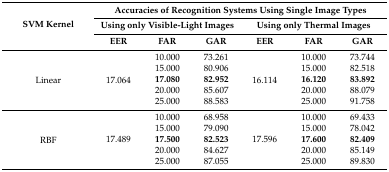
<table><thead><tr><td rowspan="3"><b>SVM Kernel</b></td><td colspan="6"><b>Accuracies of Recognition Systems Using Single Image Types</b></td></tr><tr><td colspan="3"><b>Using only Visible-Light Images</b></td><td colspan="3"><b>Using only Thermal Images</b></td></tr><tr><td><b>EER</b></td><td><b>FAR</b></td><td><b>GAR</b></td><td><b>EER</b></td><td><b>FAR</b></td><td><b>GAR</b></td></tr></thead><tbody><tr><td rowspan="5">Linear</td><td rowspan="5">17.064</td><td>10.000</td><td>73.261</td><td rowspan="5">16.114</td><td>10.000</td><td>73.744</td></tr><tr><td>15.000</td><td>80.906</td><td>15.000</td><td>82.518</td></tr><tr><td><b>17.080</b></td><td><b>82.952</b></td><td><b>16.120</b></td><td><b>83.892</b></td></tr><tr><td>20.000</td><td>85.607</td><td>20.000</td><td>88.079</td></tr><tr><td>25.000</td><td>88.583</td><td>25.000</td><td>91.758</td></tr><tr><td rowspan="5">RBF</td><td rowspan="5">17.489</td><td>10.000</td><td>68.958</td><td rowspan="5">17.596</td><td>10.000</td><td>69.433</td></tr><tr><td>15.000</td><td>79.090</td><td>15.000</td><td>78.042</td></tr><tr><td><b>17.500</b></td><td><b>82.523</b></td><td><b>17.600</b></td><td><b>82.409</b></td></tr><tr><td>20.000</td><td>84.627</td><td>20.000</td><td>85.149</td></tr><tr><td>25.000</td><td>87.055</td><td>25.000</td><td>89.830</td></tr></tbody></table>